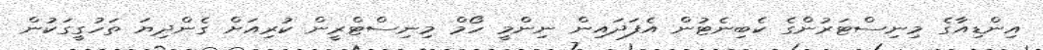
އިންޑިއާގެ މިނިސްޓަރުންގެ ކެބިނެޓުން އެފަދައިން ނިންމީ ހޯމް މިނިސްޓްރީން ކުރިއަށް ގެންދިޔަ ތަހުގީގަކުން